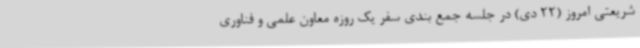
شریعتی امروز (22 دی) در جلسه جمع بندی سفر یک روزه معاون علمی و فناوری